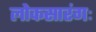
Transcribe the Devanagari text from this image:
लोकसारंगः